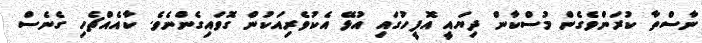
ނާސްތާ ކުރަންވެގެން މުސްކާން ދިޔައީ އޮފީހުގައި އުޅޭ އެކުވެރިއަކުން ގޮވައިގެންނެވެ. ކާއެއްޗެހި ގެނެސް